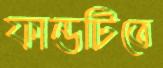
ফান্ডটিতে